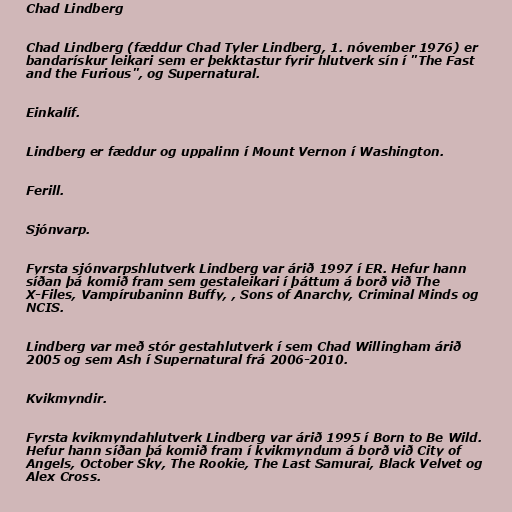
Chad Lindberg

Chad Lindberg (fæddur Chad Tyler Lindberg, 1. nóvember 1976) er
bandarískur leikari sem er þekktastur fyrir hlutverk sín í "The Fast
and the Furious", og Supernatural.

Einkalíf.

Lindberg er fæddur og uppalinn í Mount Vernon í Washington.

Ferill.

Sjónvarp.

Fyrsta sjónvarpshlutverk Lindberg var árið 1997 í ER. Hefur hann
síðan þá komið fram sem gestaleikari í þáttum á borð við The
X-Files, Vampírubaninn Buffy, , Sons of Anarchy, Criminal Minds og
NCIS.

Lindberg var með stór gestahlutverk í sem Chad Willingham árið
2005 og sem Ash í Supernatural frá 2006-2010.

Kvikmyndir.

Fyrsta kvikmyndahlutverk Lindberg var árið 1995 í Born to Be Wild.
Hefur hann síðan þá komið fram í kvikmyndum á borð við City of
Angels, October Sky, The Rookie, The Last Samurai, Black Velvet og
Alex Cross.